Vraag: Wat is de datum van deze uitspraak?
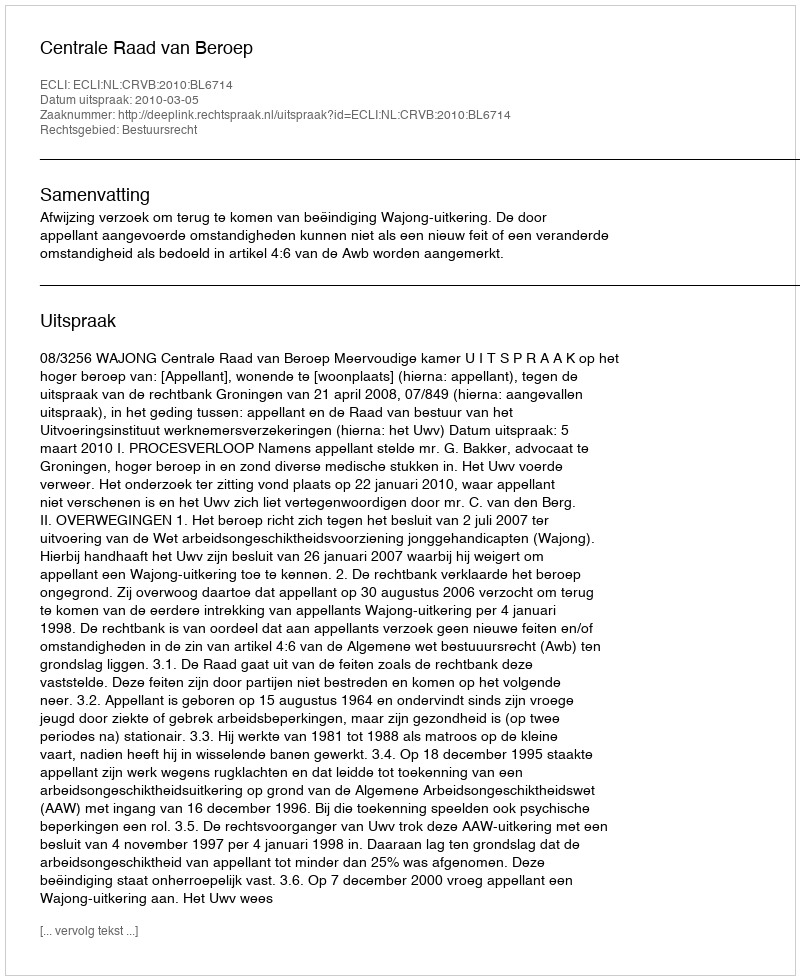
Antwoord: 2010-03-05